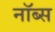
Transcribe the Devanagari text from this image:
नॉब्स